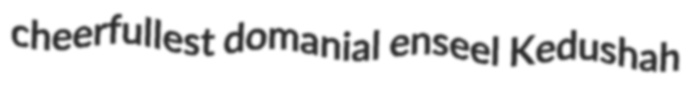
cheerfullest domanial enseel Kedushah